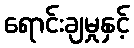
ရောင်းချမှုနှင့်